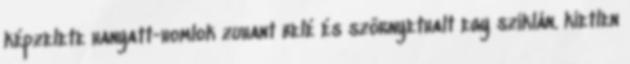
képzelete hanyatt-homlok zuhant belé és szörnyethalt egy sziklán. kietlen